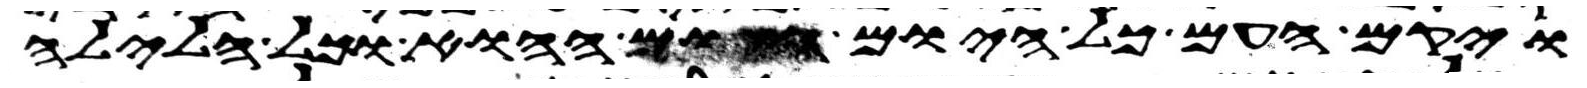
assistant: ויקם העם כל היום ההוא וכל הלילה